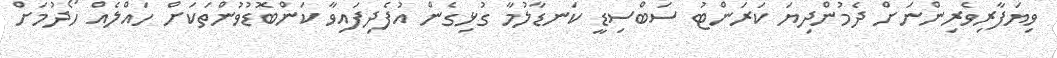
ވިޔަފާރިވެރިންނަށް ދެމުންދިޔަ ކަރަންޓު ސަބްސިޑީ ކަނޑާލުމާ ގުޅިގެން އުފެދިފައިވާ ކަންބޮޑުވުންތަކަށް ހައްލެއް ހޯދުމަށް